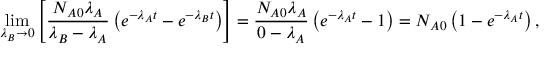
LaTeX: \operatorname* { l i m } _ { \lambda _ { B } \rightarrow 0 } \left[ { \frac { N _ { A 0 } \lambda _ { A } } { \lambda _ { B } - \lambda _ { A } } } \left( e ^ { - \lambda _ { A } t } - e ^ { - \lambda _ { B } t } \right) \right] = { \frac { N _ { A 0 } \lambda _ { A } } { 0 - \lambda _ { A } } } \left( e ^ { - \lambda _ { A } t } - 1 \right) = N _ { A 0 } \left( 1 - e ^ { - \lambda _ { A } t } \right) ,